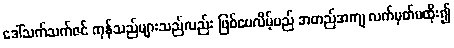
ဒေါ်သက်သက်ဇင် ကုန်သည်များသည်လည်း ဖြစ်ပေလိမ့်မည် အတည်အကျ လက်မှတ်မထိုး၍